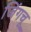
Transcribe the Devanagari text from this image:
जिंगचू